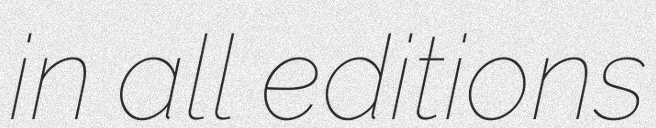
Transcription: in all editions